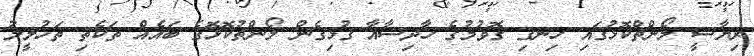
ރިޔާސީ ލޯންޗްކޮޅުގައި ހިނގި ގޮވުމުގެ ހާދިސާއާ ގުޅިގެން ލޯންޗުކޮޅޮގެ ބައެއް ތަކެތި ތަހުލީލު